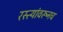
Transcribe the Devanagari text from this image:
रस्त्यांवरूनच